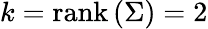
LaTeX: k={\mathrm{rank}}\left(\Sigma\right)=2